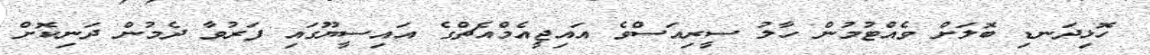
ހޮޅިދަނޑި ބޮލަށް ވެއްޓުމުން ހާލު ސީރިއަސްވެ އައިޖީއެމްއެޗްގެ އައިސީޔޫގައި ފަރުވާ ދެމުން ދަނިކޮށް